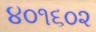
૪૦૧૬૦૨